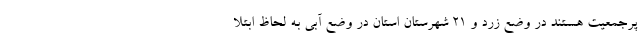
پرجمعیت هستند در وضع زرد و ۲۱ شهرستان استان در وضع آبی به لحاظ ابتلا